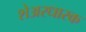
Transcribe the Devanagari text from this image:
शेअरधारक